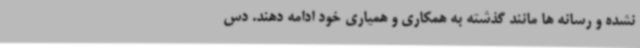
نشده و رسانه ها مانند گذشته به همکاری و همیاری خود ادامه دهند. دس